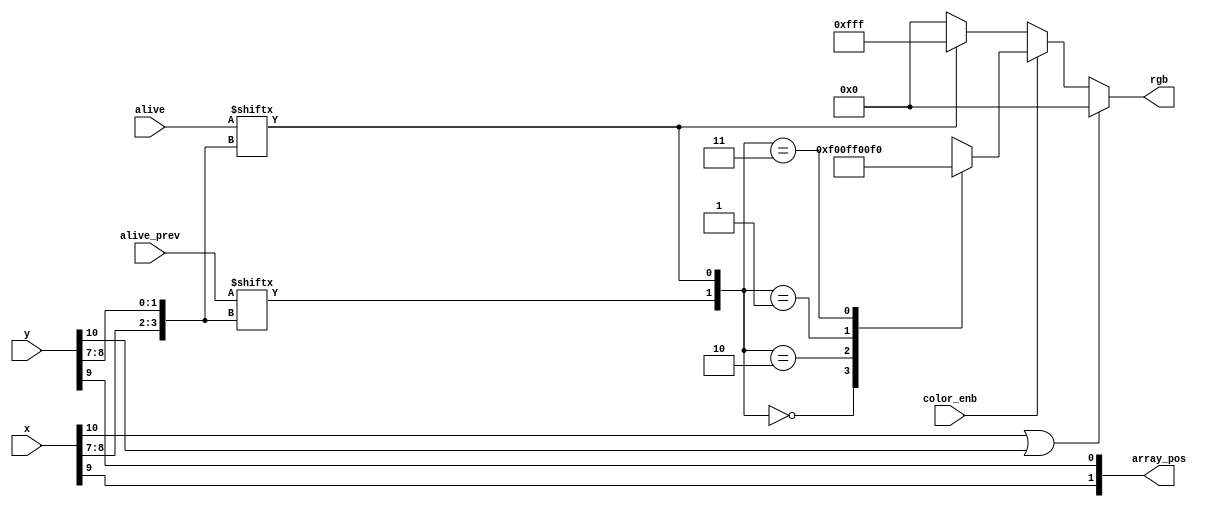
module Display(
    input [10:0] x,
    input [10:0] y,
    input [15:0] alive,
    input [15:0] alive_prev,
    output [11:0] rgb,
    output [1:0] array_pos,
    input color_enb
    );
    
    parameter DEAD = 2'b00, JUST_DEAD = 2'b10,
              JUST_ALIVE = 2'b01, ALIVE = 2'b11;
              
    wire [3:0] pos;
    reg [11:0] color;
    
    assign array_pos = {x[9] , y[9]};
    
    assign pos[1:0] = y[8:7];
    assign pos[3:2] = x[8:7];
    
                         
    assign is_alive = alive[pos[3:0]];
    assign was_alive = alive_prev[pos[3:0]];
    
    assign out_of_range = x[10] == 1'b1 || y[10] == 1'b1;
    
    assign rgb = ~out_of_range ? color : 0;
    
    // Color coded cells based on previous lives
    always @* begin
        if (color_enb)
            case({was_alive,is_alive})
                DEAD:
                    color = 12'h000;
                JUST_DEAD:
                    color = 12'hF00;
                JUST_ALIVE:
                    color = 12'hFF0;
                ALIVE:
                    color = 12'h0F0;
            endcase
        else
            color = is_alive? 12'hFFF : 12'h000;
    end
            
    
endmodule